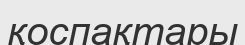
қоспақтары